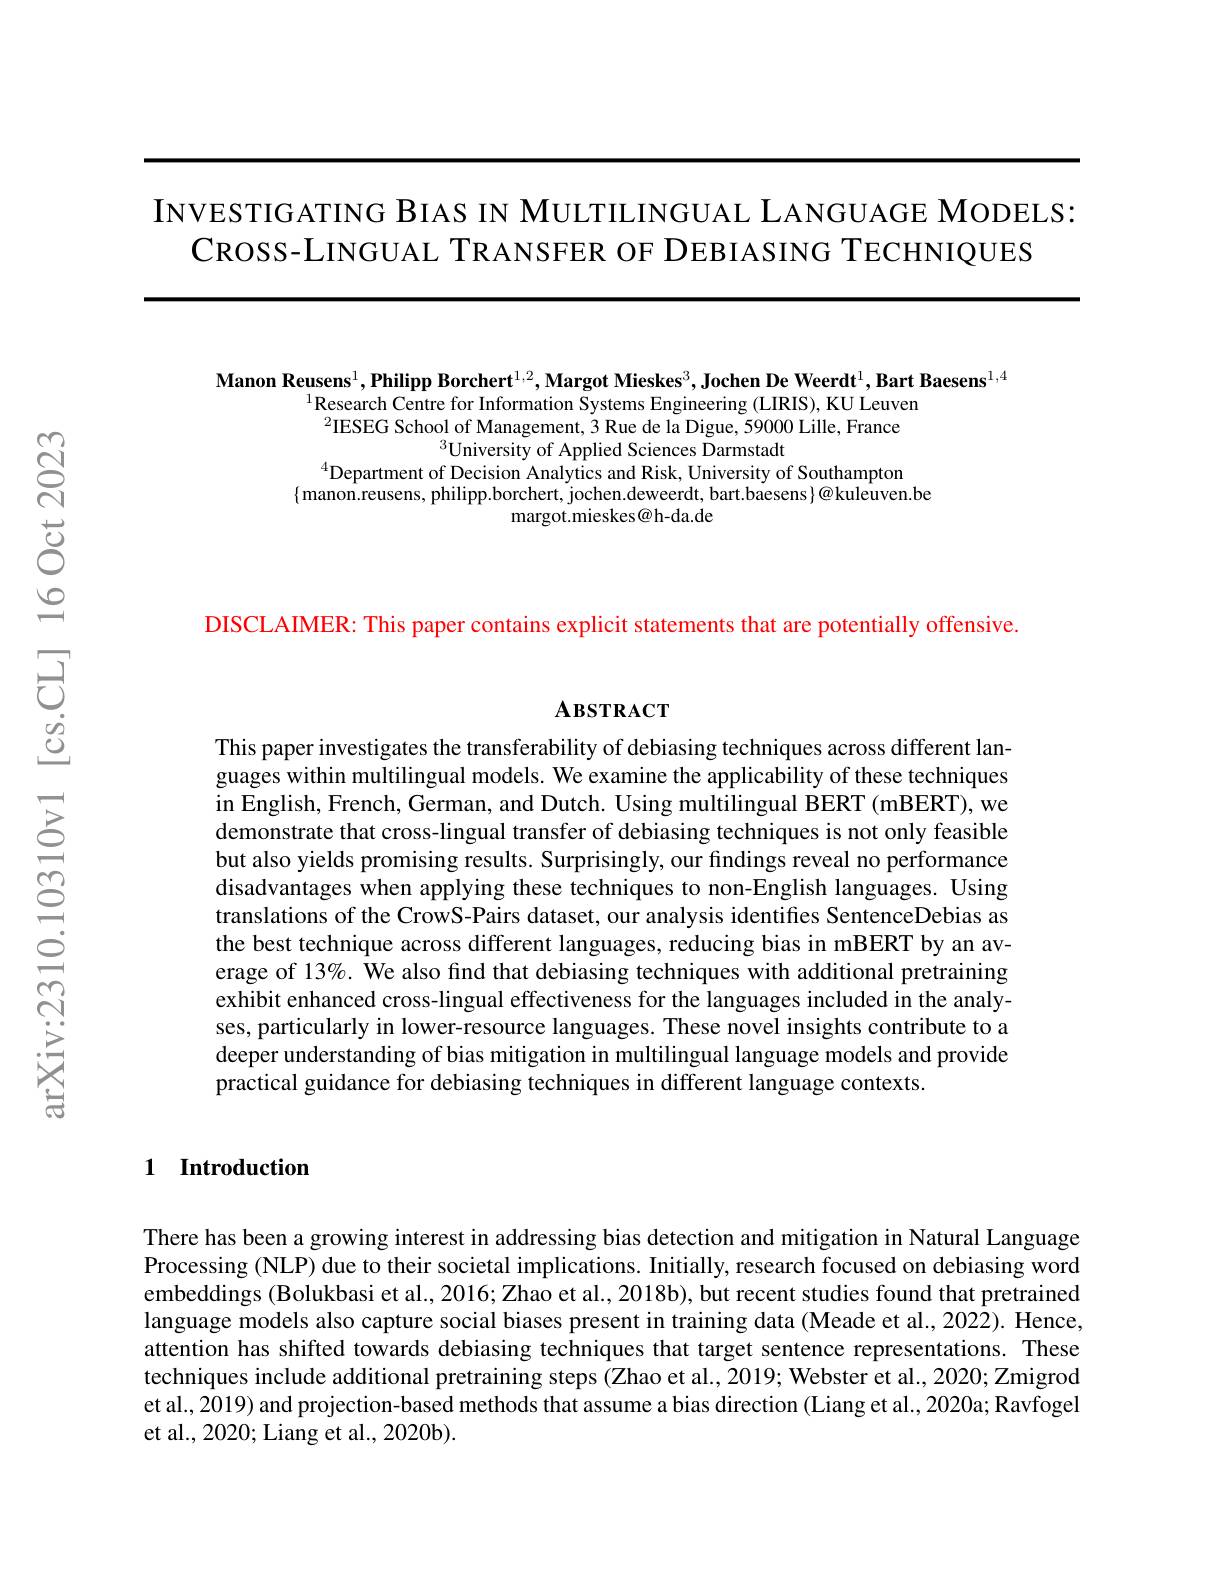
INVESTIGATING BIAS IN MULTILINGUAL LANGUAGE MODELS:
CROSS-LINGUAL TRANSFER OF DEBIASING TECHNIQUES

Manon Reusens$^1,\textbf{Philipp Borchert}^{1,2},\textbf{Margot Mieskes}^3,\textbf{Jochen De Weerdt}^1,\textbf{Bart Baesens}^{1,4}$
$^{1}$Research Centre for Information Systems Engineering (LIRIS), KU Leuven $^{2}$IESEG School of Management, 3 Rue de la Digue, 59000 Lille, France
$^{3}$University of Applied Sciences Darmstadt
$^{4}$Department of Decision Analytics and Risk, University of Southampton
$\{$manon.reusens, philipp.borchert, jochen.deweerdt, bart.baesens$\}@$kuleuven.be
margot.mieskes@h-da.de

DISCLAIMER: This paper contains explicit statements that are potentially offensive

$\mathbf{A}$взткаст

This paper investigates the transferability of debiasing techniques across different languages within multilingual models. We examine the applicability of these techniques in English, French, German, and Dutch. Using multilingual BERT (mBERT), we demonstrate that cross-lingual transfer of debiasing techniques is not only feasible but also yields promising results. Surprisingly, our fındings reveal no performance disadvantages when applying these techniques to non-English languages. Using translations of the CrowS-Pairs dataset, our analysis identifes SentenceDebias as the best technique across different languages, reducing bias in mBERT by an average of 13%. We also find that debiasing techniques with additional pretraining exhibit enhanced cross-lingual effectiveness for the languages included in the analyses, particularly in lower-resource languages. These novel insights contribute to a deeper understanding of bias mitigation in multilingual language models and provide practical guidance for debiasing techniques in different language contexts

### 1 Introduction

There has been a growing interest in addressing bias detection and mitigation in Natural Language Processing (NLP) due to their societal implications. Initially, research focused on debiasing word embeddings (Bolukbasi et al., 2016; Zhao et al., 2018b), but recent studies found that pretrained language models also capture social biases present in training data (Meade et al., 2022). Hence, attention has shifted towards debiasing techniques that target sentence representations. These techniques include additional pretraining steps (Zhao et al., 2019; Webster et al., 2020; Zmigrod et al., 2019) and projection-based methods that assume a bias direction (Liang et al., 2020a; Ravfogel et al., 2020; Liang et al., 2020b).